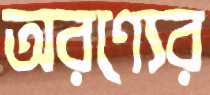
অরণ্যের